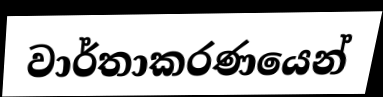
වාර්තාකරණයෙන්